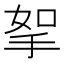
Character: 挐